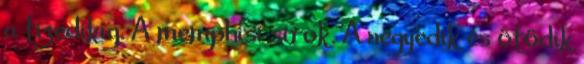
a tizedikig. A memphisi sirok. A negyedik és ötödik